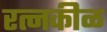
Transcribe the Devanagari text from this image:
रत्नकीळ